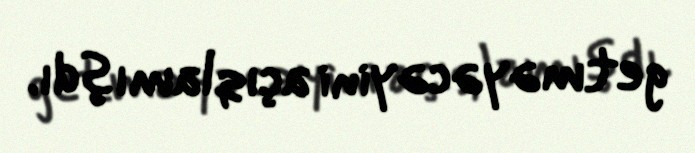
getməyəcəyini açıqlamışdı.